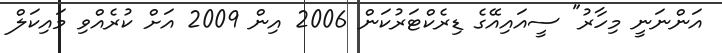
އަންނަނީ މިހާރު" ސީއައިއޭގެ ޑިރެކްޓަރުކަން 2006 އިން 2009 އަށް ކުރެއްވި މައިކަލް